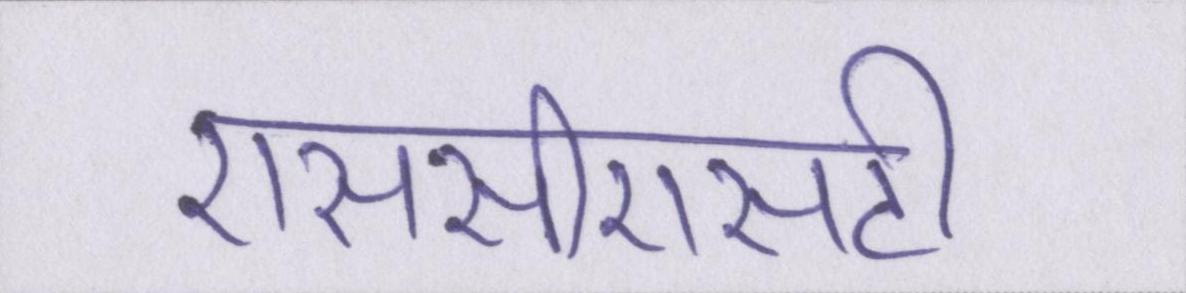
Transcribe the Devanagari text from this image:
एससीएसटी